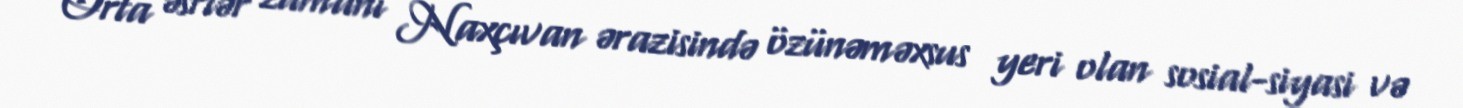
Orta əsrlər zamanı Naxçıvan ərazisində özünəməxsus yeri olan sosial-siyasi və